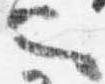
也